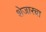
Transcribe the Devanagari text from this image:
शेजारचा